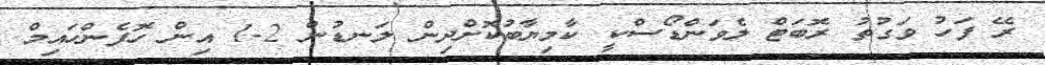
ރޭ ފަހު ވަގުތު ރޮބަޓް ލެވަންޑޯސްކީ ކާމިޔާބުކޮށްދިން ލަނޑުން 2-1 އިން ހޮފެންހައިމް